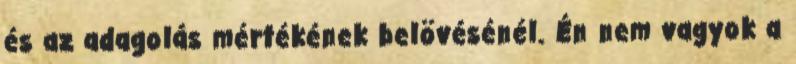
és az adagolás mértékének belövésénél. Én nem vagyok a